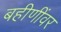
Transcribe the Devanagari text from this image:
बहीणींवर